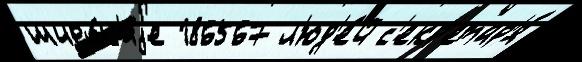
широ́к'иjе 186567 л'юд'е́й с'екр'етар'я́